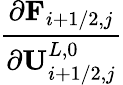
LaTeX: \frac{\partial\mathbf{F}_{i+1/2,j}}{\partial\mathbf{U}_{i+1/2,j}^{L,0}}